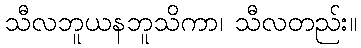
သီလဘူယနဘူသိကာ၊ သီလတည်း။